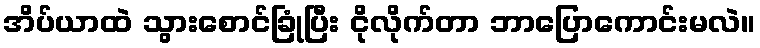
အိပ်ယာထဲ သွားစောင်ခြုံပြီး ငိုလိုက်တာ ဘာပြောကောင်းမလဲ။